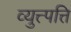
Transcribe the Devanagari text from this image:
व्युत्त्पत्ति